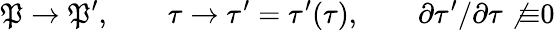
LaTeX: {\cal\mathfrak{P}}\rightarrow{\cal\mathfrak{P}}^{\prime},\qquad\tau\rightarrow\tau^{\prime}=\tau^{\prime}(\tau),\qquad\partial\tau^{\prime}/\partial\tau\not{\equiv}0